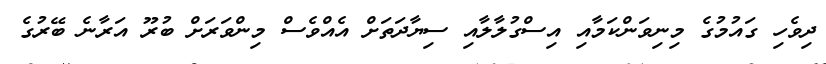
ދިވެހި ގައުމުގެ މިނިވަންކަމާއި އިސްގުލާލާއި ސިޔާދަތަށް އެއްވެސް މިންވަރަށް ބުރޫ އަރާނެ ބޭރުގެ